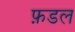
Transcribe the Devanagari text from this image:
फ़डल